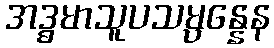
အဒ္ဓမာသူပသမ္ပန္နေန